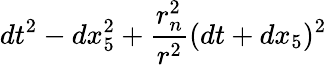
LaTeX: dt^{2}-dx_{5}^{2}+{\frac{r_{n}^{2}}{r^{2}}}(dt+dx_{5})^{2}